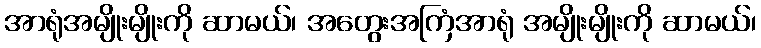
အာရုံအမျိုးမျိုးကို ဆာမယ်၊ အတွေးအကြံအာရုံ အမျိုးမျိုးကို ဆာမယ်၊